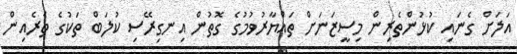
އަލަށް ގެނައި ކުޅުންތެރިން މިސީޒަނަށް ތައްޔާރުވުމުގެ ގޮތުން އިނގިރޭސި ކުލަބް ތަކުގެ ތެރެއިން